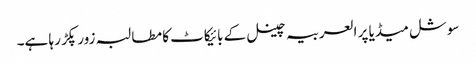
سوشل میڈیا پر العربیہ چینل کے بائیکاٹ کا مطالبہ زور پکڑ رہا ہے۔